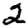
Digit: 2